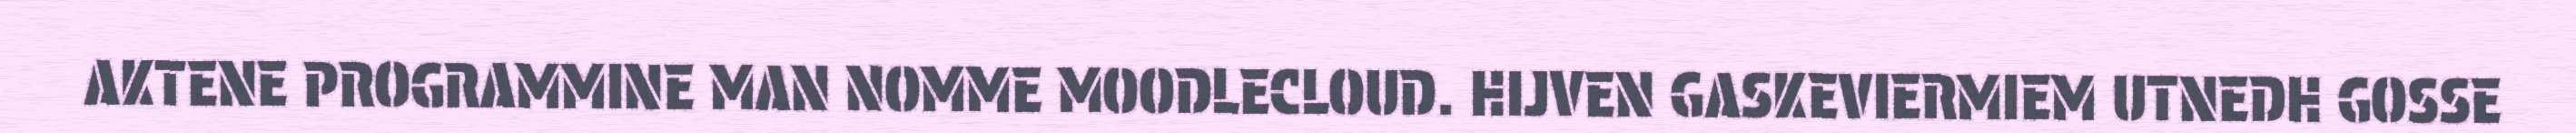
AKTENE PROGRAMMINE MAN NOMME MOODLECLOUD. HIJVEN GASKEVIERMIEM UTNEDH GOSSE